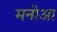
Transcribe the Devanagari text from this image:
मनोआ